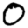
Digit: 0